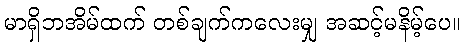
မာရှိဘအိမ်ထက် တစ်ချက်ကလေးမျှ အဆင့်မနိမ့်ပေ။